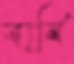
বার্বি